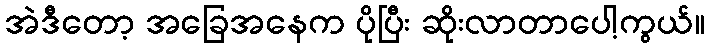
အဲဒီတော့ အခြေအနေက ပိုပြီး ဆိုးလာတာပေါ့ကွယ်။